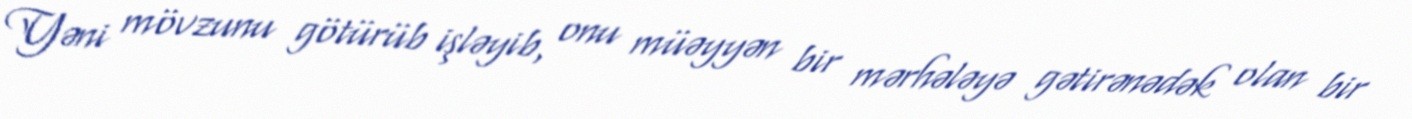
Yəni mövzunu götürüb işləyib, onu müəyyən bir mərhələyə gətirənədək olan bir